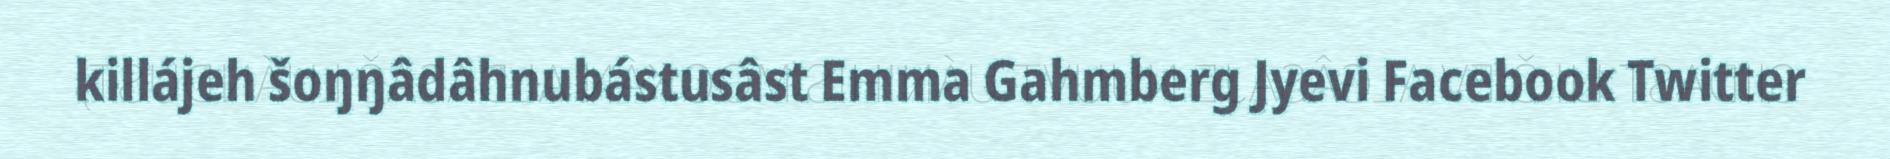
killájeh šoŋŋâdâhnubástusâst Emma Gahmberg Jyevi Facebook Twitter